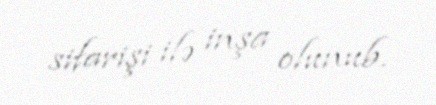
sifarişi ilə inşa olunub.